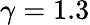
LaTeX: \gamma=1.3